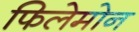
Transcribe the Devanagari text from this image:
फिलेमोन